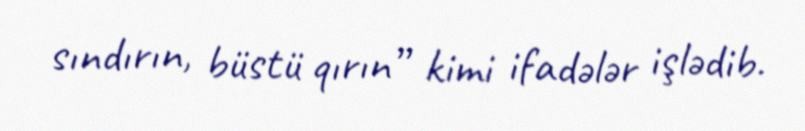
sındırın, büstü qırın” kimi ifadələr işlədib.